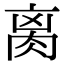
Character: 𦛄